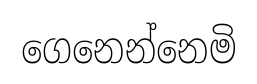
ගෙනෙන්නෙමි